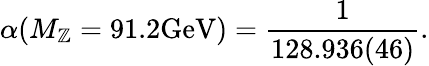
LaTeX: \alpha(M_{\mathbb{Z}}=91.2\mathrm{{GeV}})=\frac{1}{{128.936(46)}}.